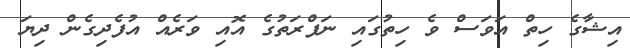
އިޝާގެ ހިތް އަވަސް ވެ ހިތުގައި ނަފްރަތުގެ އޮއި ވަރެއް އުފެދިގެން ދިޔަ